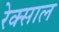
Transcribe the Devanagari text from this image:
रेक्साल